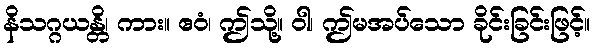
နိသဂ္ဂယန္တိ၊ ကား။ ဧဝံ၊ ဤသို့။ ဝါ၊ ဤမအပ်သော ခိုင်းခြင်းဖြင့်။